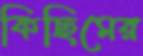
কিছিমের